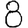
Digit: 8